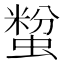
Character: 𧏟